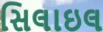
સિલાઇલ